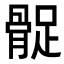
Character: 𩩔